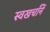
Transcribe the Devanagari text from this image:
स्वखर्चांनें